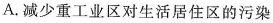
A.减少重工业区对生活居住区的污染